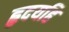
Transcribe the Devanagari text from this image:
हृदयहि